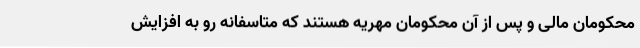
محکومان مالی و پس از آن محکومان مهریه هستند که متاسفانه رو به افزایش